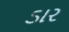
ડાર